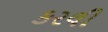
કરલી